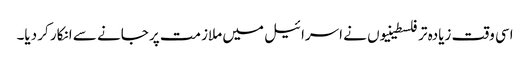
اسی وقت زیادہ تر فلسطینیوں نے اسرائیل میں ملازمت پر جانے سے انکار کر دیا۔